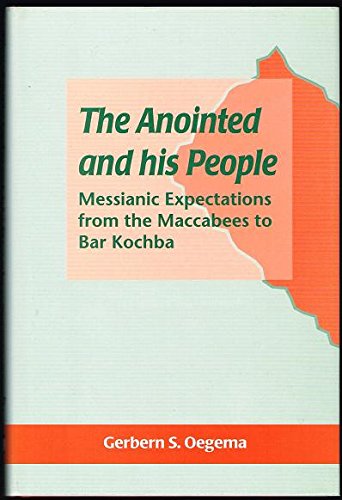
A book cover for The Anointed and his People: Messianic Expectations from the Maccabees to Bar Kochba (JSP Supplement Series, 27); Gerbern S. Oegema; Christian Books & Bibles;